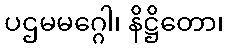
ပဌမမဂ္ဂေါ၊ နိဋ္ဌိတော၊